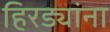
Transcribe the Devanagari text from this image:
हिरड्यांना